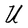
Character: U